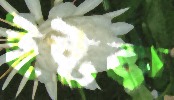
ইষ্টক